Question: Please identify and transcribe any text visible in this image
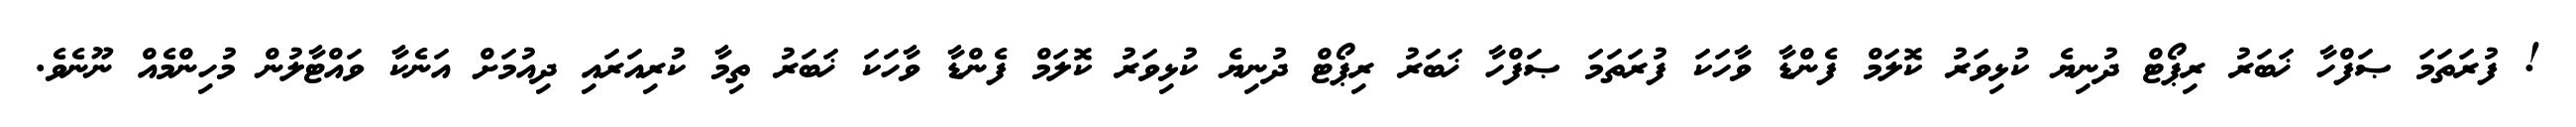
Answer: ! ފުރަތަމަ ޞަފްހާ ޚަބަރު ރިޕޯޓް ދުނިޔެ ކުޅިވަރު ކޮލަމް ފެންޑާ ވާހަކަ ފުރަތަމަ ޞަފްހާ ޚަބަރު ރިޕޯޓް ދުނިޔެ ކުޅިވަރު ކޮލަމް ފެންޑާ ވާހަކަ ޚަބަރު ތިމާ ކުރިއަރައި ދިއުމަށް އަނެކާ ވައްޓާލުން މުހިންމެއް ނޫނެވެ.